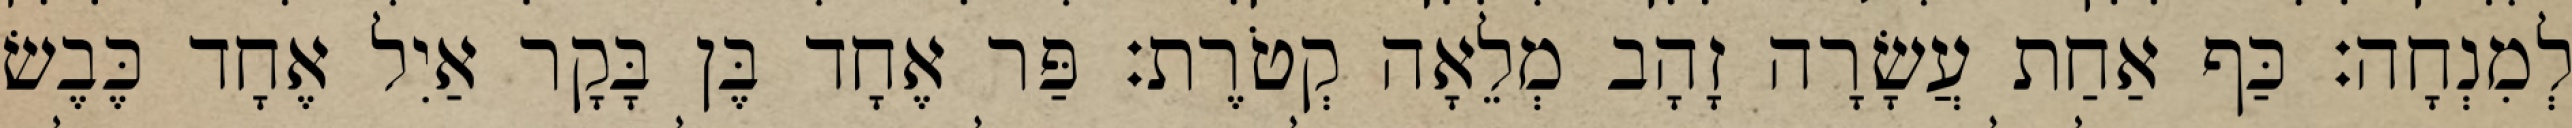
לְמִנְחָה׃ כַּף אַחַת עֲשָׂרָה זָהָב מְלֵאָה קְטֹרֶת׃ פַּר אֶחָד בֶּן בָּקָר אַיִל אֶחָד כֶּבֶשׂ